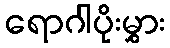
ရောဂါပိုးမွှား